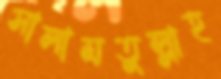
সালামতুল্লাহ